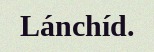
Lánchíd.